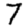
Digit: 7